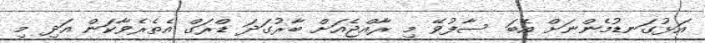
އަޅުގަނޑުމެންނަށް އެބަ ސާފުވޭ މި ރާއްޖެއަށް ބާރުގަދަ ޑްރަގް އެތެރެވާކަން އަދި މި